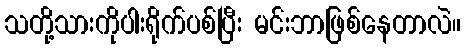
သတို့သားကိုပါးရိုက်ပစ်ပြီး မင်းဘာဖြစ်နေတာလဲ။